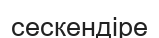
сескендіре